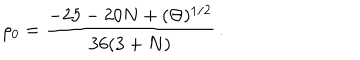
LaTeX: \rho _ { 0 } = \frac { - 2 5 - 2 0 N + ( \Theta ) ^ { 1 / 2 } } { 3 6 ( 3 + N ) } \, .